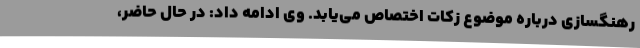
رهنگسازی درباره موضوع زکات اختصاص می‌یابد. وی ادامه داد: در حال حاضر،